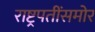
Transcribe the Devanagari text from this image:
राष्ट्रपतींसमोर